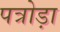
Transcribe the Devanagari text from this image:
पत्रोड़ा